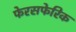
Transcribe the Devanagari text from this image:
फेरसफेरिक